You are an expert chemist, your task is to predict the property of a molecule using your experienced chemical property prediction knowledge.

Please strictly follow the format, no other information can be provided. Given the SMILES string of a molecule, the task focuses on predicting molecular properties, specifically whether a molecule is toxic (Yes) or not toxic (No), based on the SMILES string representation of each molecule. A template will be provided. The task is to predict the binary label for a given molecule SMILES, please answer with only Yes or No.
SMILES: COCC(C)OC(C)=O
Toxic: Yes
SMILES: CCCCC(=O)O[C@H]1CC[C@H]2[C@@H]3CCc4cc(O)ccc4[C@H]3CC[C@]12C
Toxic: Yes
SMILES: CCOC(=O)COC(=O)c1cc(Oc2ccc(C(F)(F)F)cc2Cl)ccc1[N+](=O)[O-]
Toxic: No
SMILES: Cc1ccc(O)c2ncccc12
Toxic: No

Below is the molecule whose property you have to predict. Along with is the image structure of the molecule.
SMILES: OC[C@H]1O[C@H](O[C@]2(CO)O[C@H](CO)[C@@H](O)[C@@H]2O)[C@H](O)[C@@H](O)[C@@H]1O
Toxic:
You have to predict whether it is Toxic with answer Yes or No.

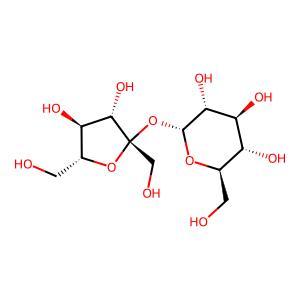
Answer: No